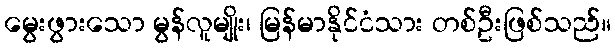
မွေးဖွားသော မွန်လူမျိုး၊ မြန်မာနိုင်ငံသား တစ်ဦးဖြစ်သည်။